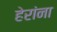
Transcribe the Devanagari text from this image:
हेरांना